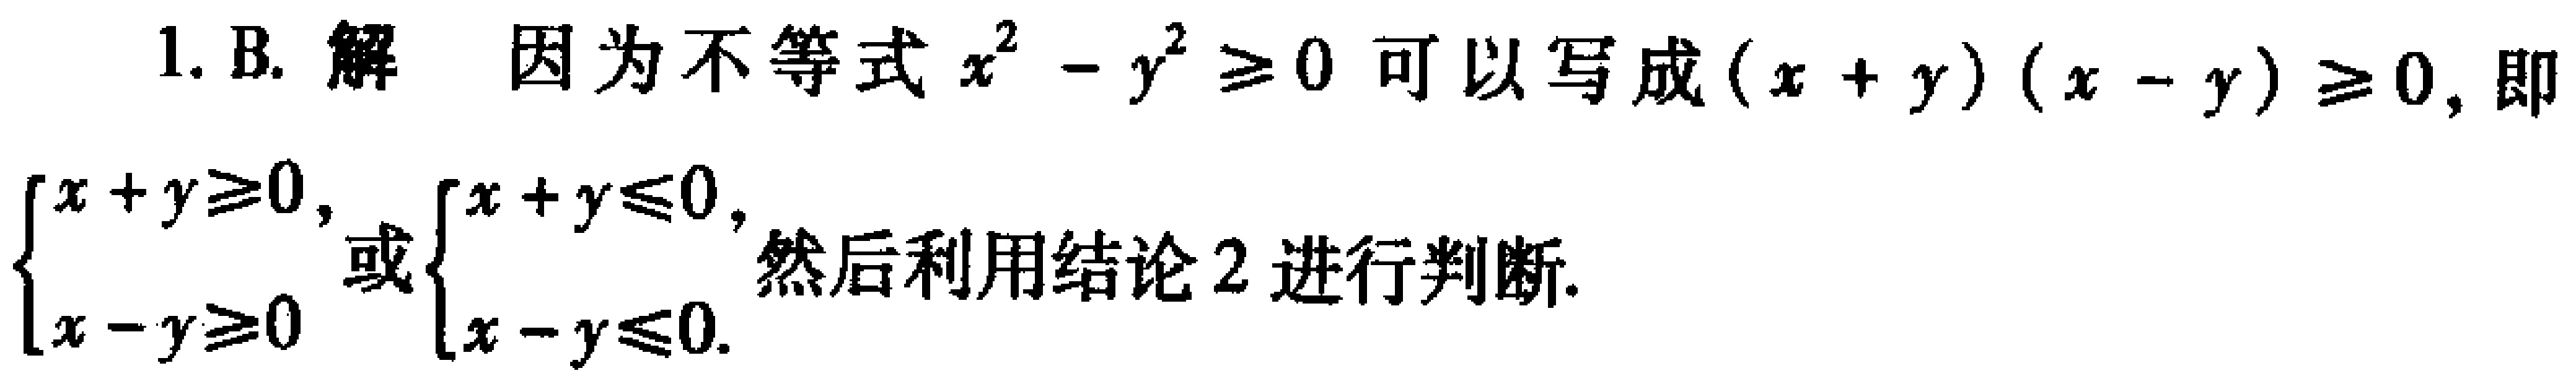
1. B. 解 因为不等式 \(x^{2}-y^{2}\geq0\) 可以写成 \((x + y)(x - y)\geq0\)，即

\(\begin{cases}x + y\geq0, \\x - y\geq0\end{cases}\) 或 \(\begin{cases}x + y\leq0, \\x - y\leq0\end{cases}\) 然后利用结论 2 进行判断.